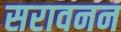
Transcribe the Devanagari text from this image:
सरावनन